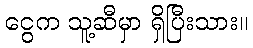
ငွေက သူ့ဆီမှာ ရှိပြီးသား။